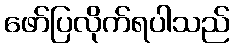
ဖော်ပြလိုက်ရပါသည်